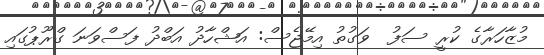
މުޒާހަރާގެ ކުރީ ސަފު  ވަގުތު އިމޭޖެސް: އަޝްހާދު އަބްދު ފަސްވަނަ ގްރޫޕުގައި